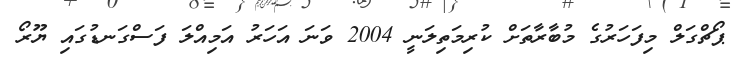
ޕޯޗްގަލް މިފަހަރުގެ މުބާރާތަށް ކުރިމަތިލަނީ 2004 ވަނަ އަހަރު އަމިއްލަ ފަސްގަނޑުގައި ޔޫރޯ